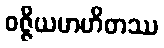
ဝဇ္ဇိယမာဟိတဿ